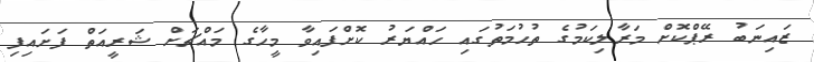
ޒައިނަބު ރޭޕްކޮށް މަރާލިކަމުގެ ތުހުމަތުގައި ހައްޔަރު ކޮށްފައިވާ މީހާގެ މައްޗަށް ޝަރީއަތް ފަށައިފި